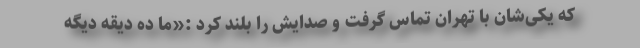
که یکی‌شان با تهران تماس گرفت و صدایش را بلند کرد :«ما ده دیقه دیگه